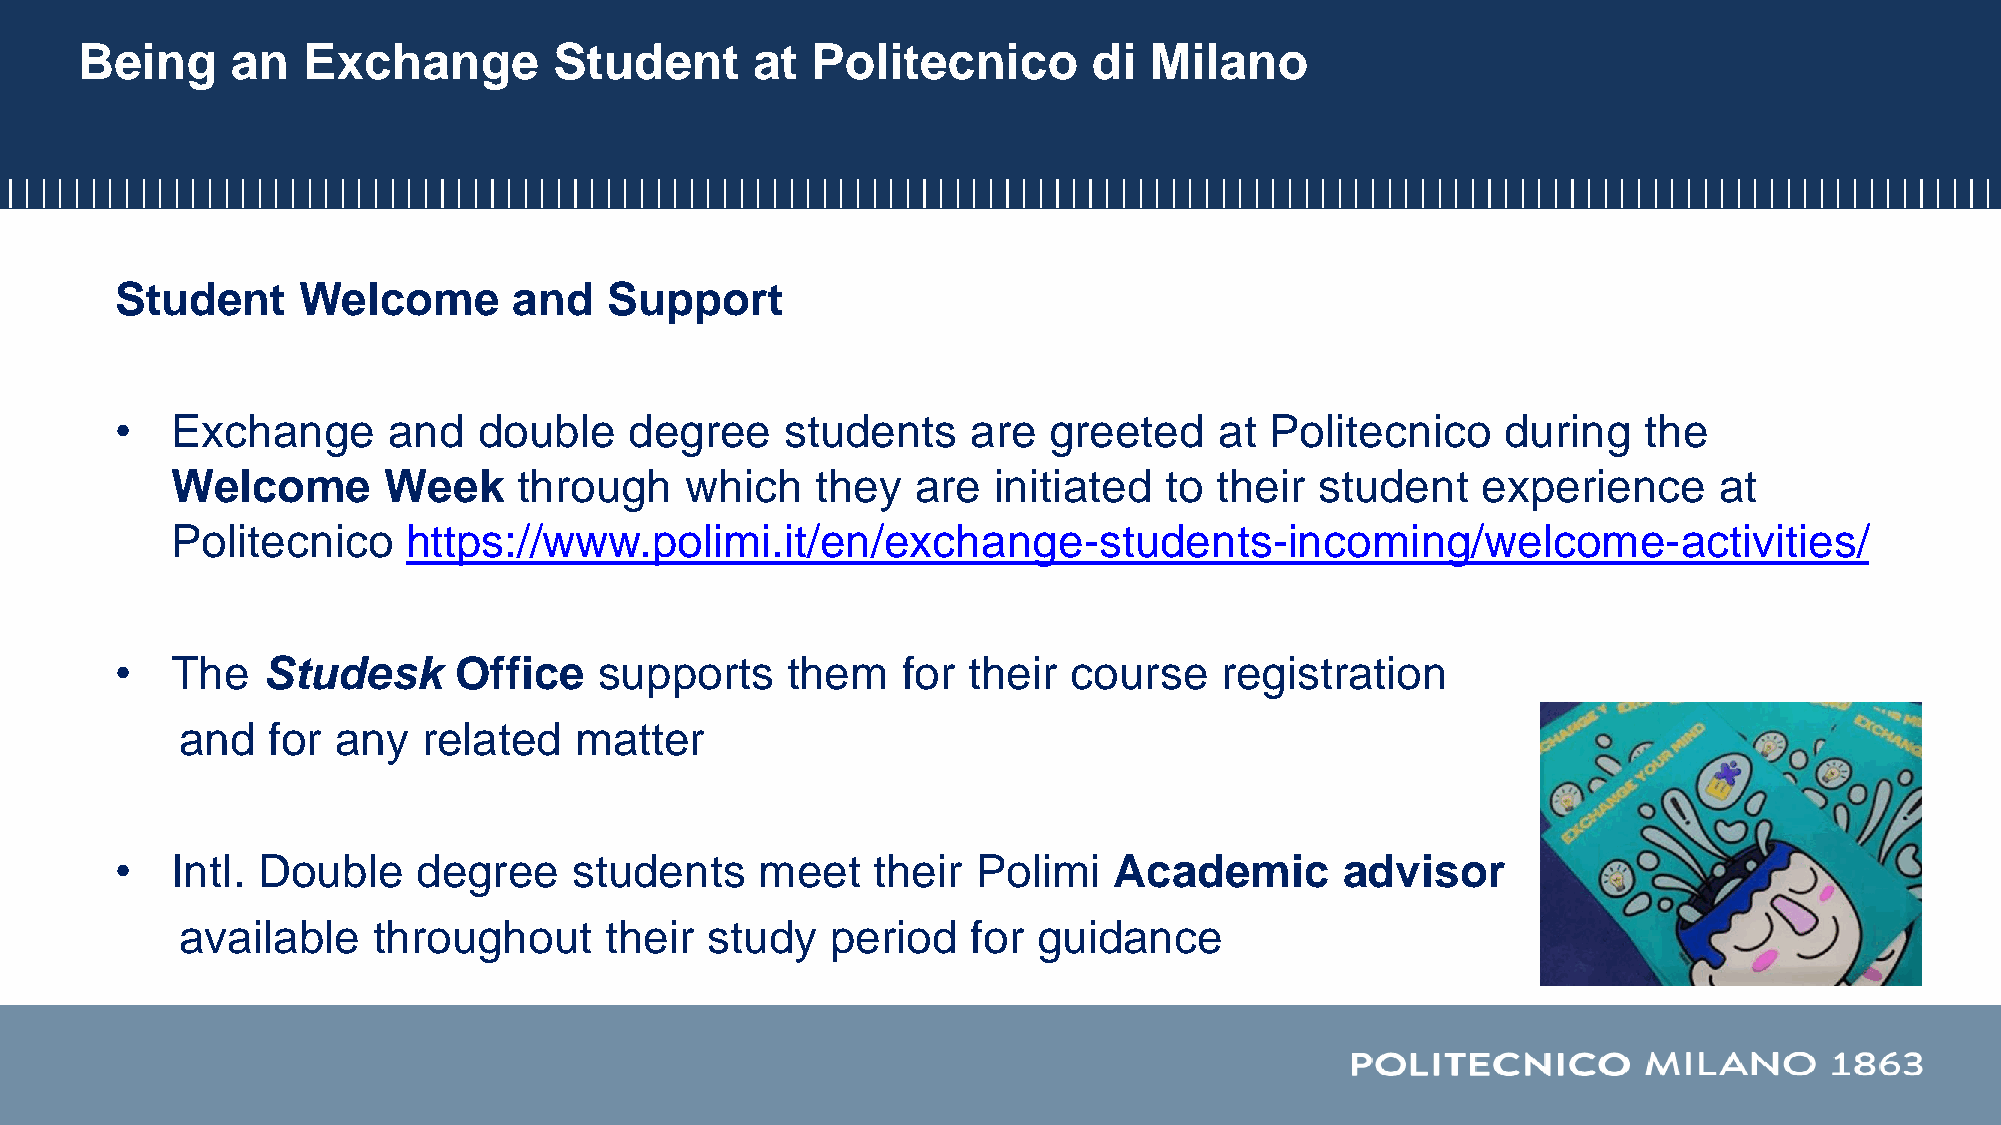
Being     an   Exchange         Student      at  Politecnico       di  Milano
 Student     Welcome       and   Support
 •  Exchange       and   double    degree    students    are  greeted     at Politecnico     during   the
 Welcome       Week     through    which    they   are  initiated  to their  student    experience      at
 Politecnico     https://www.polimi.it/en/exchange-students-incoming/welcome-activities/
 •  The   Studesk      Office    supports    them    for their  course    registration
 and   for any   related   matter
 •  Intl. Double     degree    students    meet    their  Polimi   Academic       advisor
 available    throughout     their  study   period   for  guidance